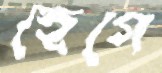
হেগে